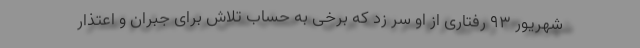
شهریور 93 رفتاری از او سر زد که برخی به حساب تلاش برای جبران و اعتذار